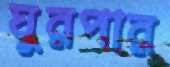
ঘুরপার